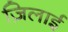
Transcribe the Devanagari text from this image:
ज़िलाई